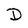
Character: D